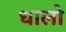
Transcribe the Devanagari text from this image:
धालो